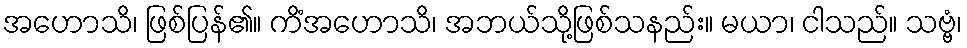
အဟောသိ၊ ဖြစ်ပြန်၏။ ကိံအဟောသိ၊ အဘယ်သို့ဖြစ်သနည်း။ မယာ၊ ငါသည်။ သဗ္ဗံ၊